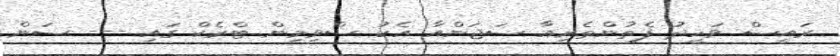
ރައީސް ވަހީދު ފެތުންތެރިއާ ސަޖަންއާ އެކު ސްވިމިން ޓްރެކް ގައި --- ސަން